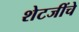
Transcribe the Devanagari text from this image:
शेटजींचे